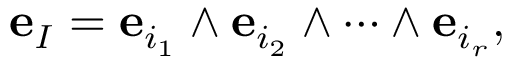
{ \mathbf e } _ { I } = { \mathbf e } _ { i _ { 1 } } \wedge { \mathbf e } _ { i _ { 2 } } \wedge \dots \wedge { \mathbf e } _ { i _ { r } } ,